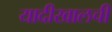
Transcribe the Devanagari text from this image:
यादीखालची